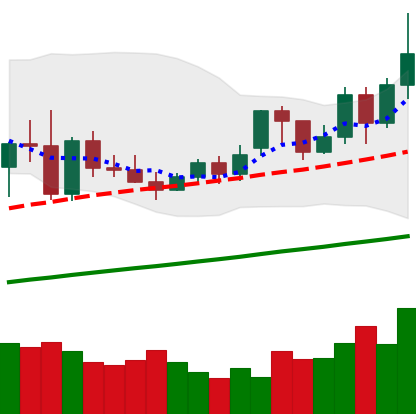
Ticker: XMR-USD
Chart end date: 2020-11-24
Forward return: -8.29%
Label: down_7plus